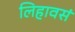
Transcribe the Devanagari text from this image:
लिहावसं